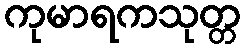
ကုမာရကသုတ္တ